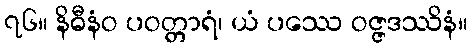
၇၆။ နိဓီနံဝ ပဝတ္တာရံ၊ ယံ ပဿေ ဝဇ္ဇဒဿိနံ။